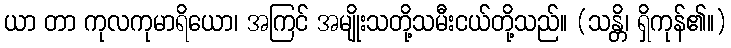
ယာ တာ ကုလကုမာရိယော၊ အကြင် အမျိုးသတို့သမီးငယ်တို့သည်။ (သန္တိ၊ ရှိကုန်၏။)